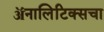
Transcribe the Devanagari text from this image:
ॲनालिटिक्सचा